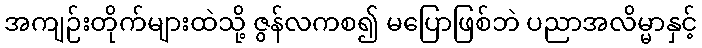
အကျဉ်းတိုက်များထဲသို့ ဇွန်လကစ၍ မပြောဖြစ်ဘဲ ပညာအလိမ္မာနှင့်